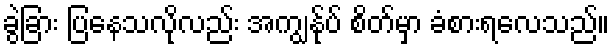
ခွဲခြား ပြနေသလိုလည်း အကျွန်ုပ် စိတ်မှာ ခံစားရလေသည်။